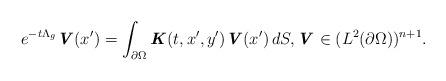
LaTeX: \begin{align*} e^{-t\Lambda_g} \textbf{\textit{V}}(x^{\prime}) = \int_{\partial \Omega} \textbf{\textit{K}}(t,x^{\prime},y^{\prime})\textbf{\textit{V}}(x^{\prime}) \,dS, \textbf{\textit{V}} \in (L^{2}(\partial \Omega))^{n+1}.\end{align*}